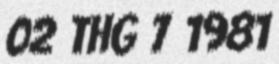
02 thg 7 1981